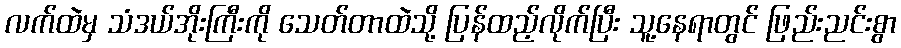
လက်ထဲမှ သံဒယ်အိုးကြီးကို သေတ်တာထဲသို့ ပြန်ထည့်လိုက်ပြီး သူ့နေရာတွင် ဖြည်းညင်းစွာ